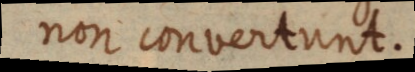
non convertunt.